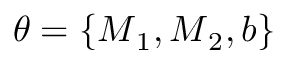
\theta = \{ \boldsymbol { M } _ { 1 } , \boldsymbol { M } _ { 2 } , \boldsymbol { b } \}